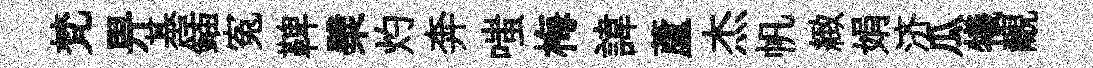
梵畀基鍤寃鞞檗灼奔嗤梅諱蘆杰帆緻娟济瓜犧覼